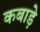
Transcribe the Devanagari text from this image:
कबाड़े